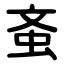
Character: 蚉